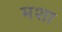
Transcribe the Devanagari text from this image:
मशा